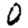
Digit: 0